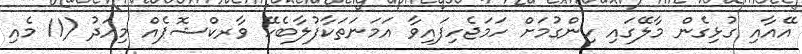
އޭއާއި ގުޅިގެން މާލޭގައި ހިންގުމަށް ހަމަޖެހިފައިވާ އަމަނަތަކާފުލާބެހޭ ވާރކްޝޮޕެއް މިއަދު (11 މެއި